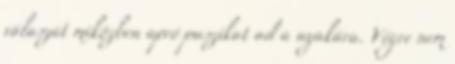
válaszát miközben apró puszikat ad a nyakára. Végre nem